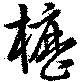
櫪